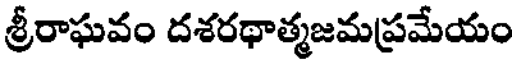
శ్రీరాఘవం దశరథాత్మజమప్రమేయం